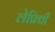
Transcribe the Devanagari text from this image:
लेप्रिची